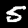
Label: 5